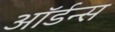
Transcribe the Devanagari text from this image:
ऑर्डन्स